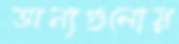
অন্যগুলোয়